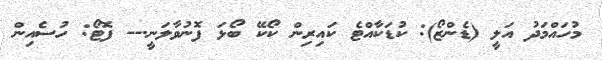
މުހައްމަދު އަލީ (ޑެންޒޯ): ކުޑަކާއްޓެ ކައިރިން ކޯކޭ ބޯޅަ ފޮނުވާލަނީ.-- ފޮޓޯ: ހުސެއިން